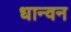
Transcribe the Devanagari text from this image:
धान्वन